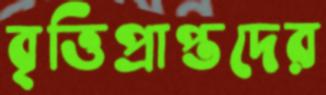
বৃত্তিপ্রাপ্তদের